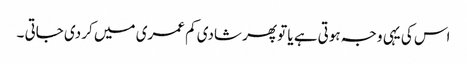
اس کی یہی وجہ ہوتی ہے یا تو پھر شادی کم عمری میں کر دی جاتی ۔